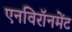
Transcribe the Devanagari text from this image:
एनविरॉनमेंट